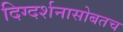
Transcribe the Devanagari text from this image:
दिग्दर्शनासोबतच